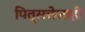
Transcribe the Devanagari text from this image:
पितृसत्तेलाही